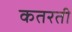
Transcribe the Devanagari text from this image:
कतरती